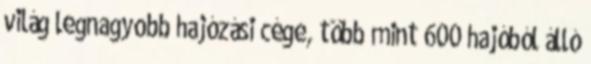
világ legnagyobb hajózási cége, több mint 600 hajóból álló